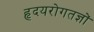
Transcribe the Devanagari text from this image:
हृदयरोगतज्ञों